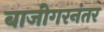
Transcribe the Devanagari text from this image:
बाजीगरनंतर